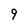
Character: 9